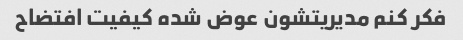
فکر کنم مدیریتشون عوض شده کیفیت افتضاح